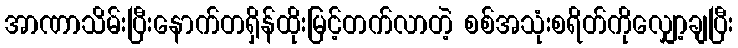
အာဏာသိမ်းပြီးနောက်တရှိန်ထိုးမြင့်တက်လာတဲ့ စစ်အသုံးစရိတ်ကိုလျှော့ချပြီး